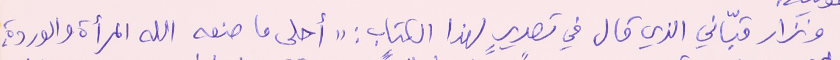
ونزار قبّاني الذي قال في تصويرٍ لهذا الكتاب : " أحلى ما صنعه الله المرأة والوردة،